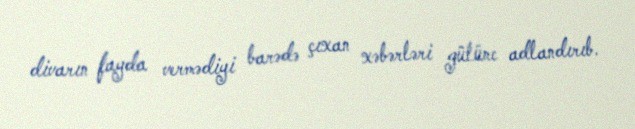
divarın fayda vermədiyi barədə çıxan xəbərləri gülünc adlandırıb.